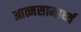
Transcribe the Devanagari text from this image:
आत्मसामार्थ्य